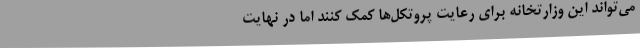
می‌تواند این وزارتخانه برای رعایت پروتکل‌ها کمک کنند اما در نهایت